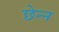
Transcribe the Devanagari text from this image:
छेन्न